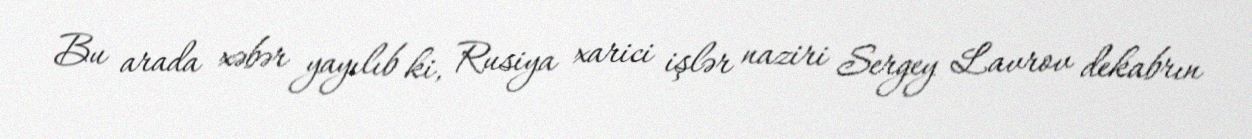
Bu arada xəbər yayılıb ki, Rusiya xarici işlər naziri Sergey Lavrov dekabrın